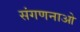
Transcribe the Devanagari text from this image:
संगणनाओ